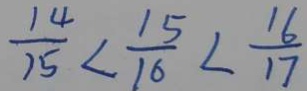
\frac { 1 4 } { 1 5 } < \frac { 1 5 } { 1 6 } < \frac { 1 6 } { 1 7 }